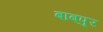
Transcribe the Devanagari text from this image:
बाबपुर